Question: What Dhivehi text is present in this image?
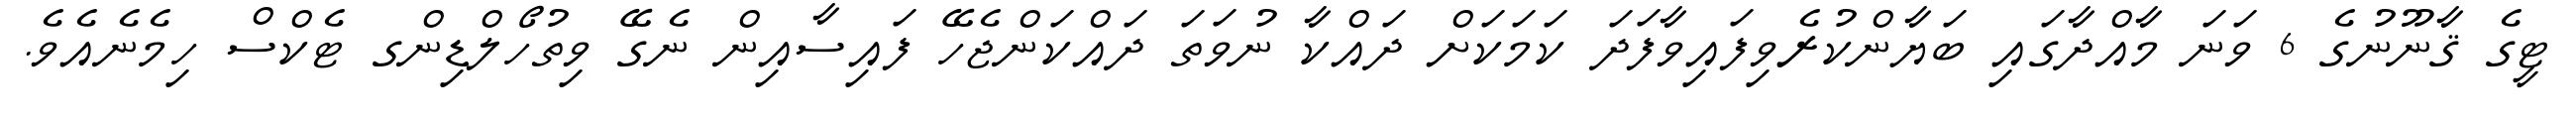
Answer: ޓީގެ ޤާނޫނުގެ 6 ވަނަ މާއްދާގައި ބަޔާންކުރެވިފައިވާފަދަ ކަމަކަށް ދައްކާ ނުވަތަ ދައްކަންޖެހޭ ފައިސާއިން ނެގޭ ވިތުހޯލްޑިންގ ޓެކްސް ހިމެނެއެވެ.